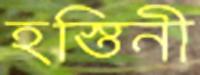
হস্তিনী